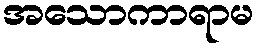
အသောကာရာမ